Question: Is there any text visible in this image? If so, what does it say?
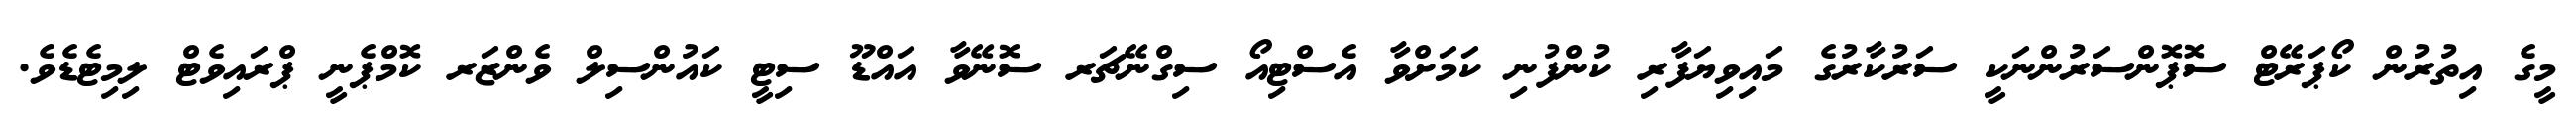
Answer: މީގެ އިތުރުން ކޯޕަރޭޓް ސޮޕޮންސަރުންނަކީ ސަރުކާރުގެ މައިވިޔަފާރި ކުންފުނި ކަމަށްވާ އެސްޓިއޯ ސިގްނޭޗަރ ސޮނޭވާ އައްޑޫ ސިޓީ ކައުންސިލް ވެންޒަރ ކޮމްޕެނީ ޕްރައިވެޓް ލިމިޓެޑެވެ.